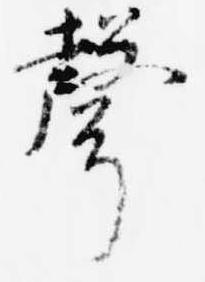
声